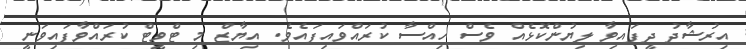
އިރުޝާދު ދީފައިވާ ލިޔުންކޮޅެއް ވެސް ހިއްސާ ކުރައްވައިފައެވެ. އިޔާޒް މި ޓްވީޓް ކުރައްވާފައިވަނީ